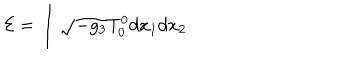
{ \cal E } = \int \sqrt { - g _ { 3 } } T _ { 0 } ^ { 0 } d x _ { 1 } d x _ { 2 }